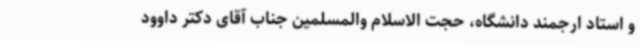
و استاد ارجمند دانشگاه، حجت الاسلام والمسلمین جناب آقای دکتر داوود